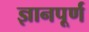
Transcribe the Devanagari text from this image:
ज्ञानपूर्ण